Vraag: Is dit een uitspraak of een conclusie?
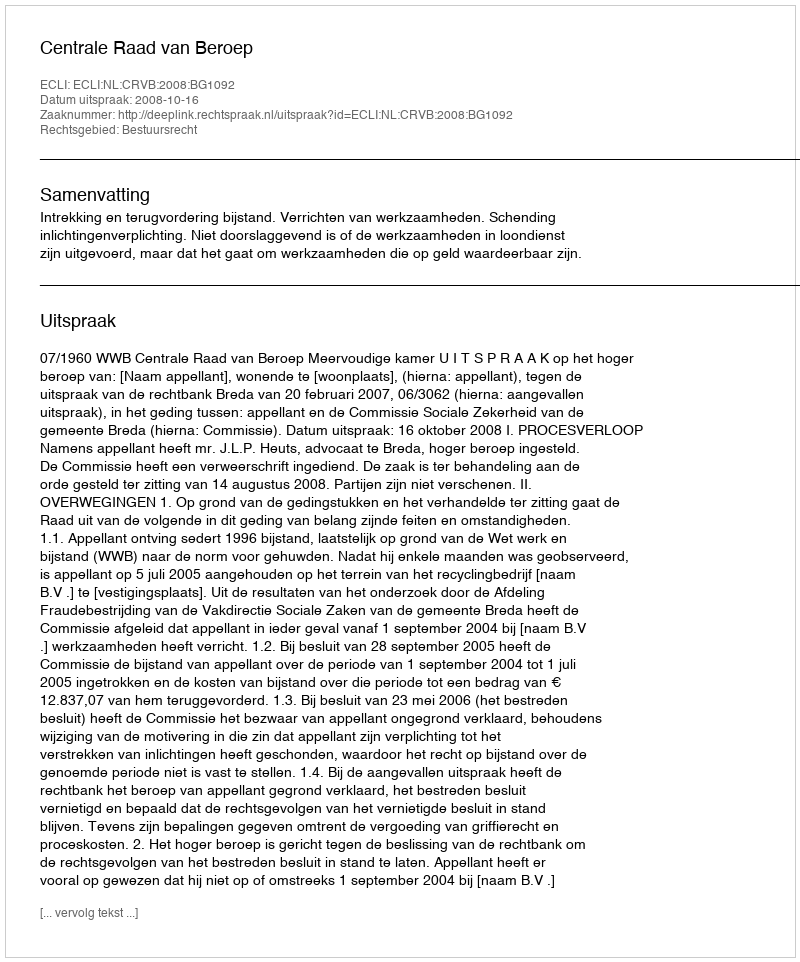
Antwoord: Uitspraak